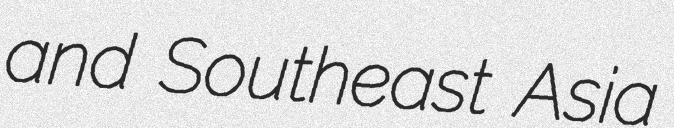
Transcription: and Southeast Asia